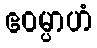
ဧဝမ္ပာဟံ